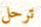
ترحل